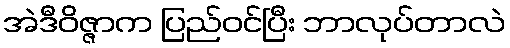
အဲဒီဝိဇ္ဇာက ပြည်ဝင်ပြီး ဘာလုပ်တာလဲ